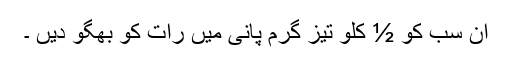
ان سب کو ½ کلو تیز گرم پانی میں رات کو بھگو دیں ۔